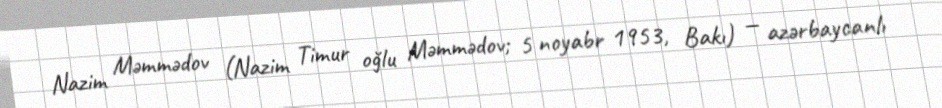
Nazim Məmmədov (Nazim Timur oğlu Məmmədov; 5 noyabr 1953, Bakı) — azərbaycanlı